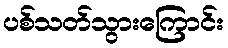
ပစ်သတ်သွားကြောင်း